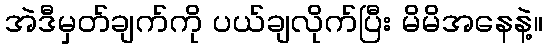
အဲဒီမှတ်ချက်ကို ပယ်ချလိုက်ပြီး မိမိအနေနဲ့။